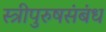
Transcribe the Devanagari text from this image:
स्त्रीपुरुषसंबंध